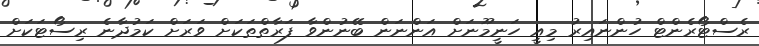
ރެސްޓޯރެންޓް ހުންނައިރު މިއީ ހަނީމޫނަށް އަންނަން ބޭނުންވާ ފަރާތްތަކަށް ވަރަށް ކަމުދާނެ ރިސޯޓަކަށް